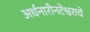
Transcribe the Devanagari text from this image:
अर्धनारीनटेश्वराचे